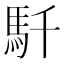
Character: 𩡴